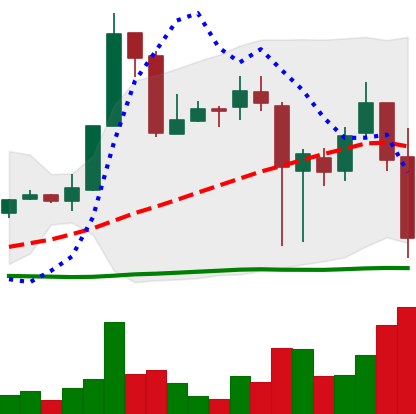
Ticker: XRP-USD
Chart end date: 2018-11-20
Forward return: -13.842%
Label: down_7plus